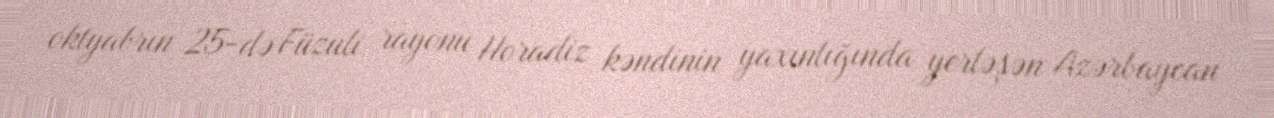
oktyabrın 25-də Füzuli rayonu Horadiz kəndinin yaxınlığında yerləşən Azərbaycan